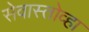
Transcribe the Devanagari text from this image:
सेवास्तोव्हा